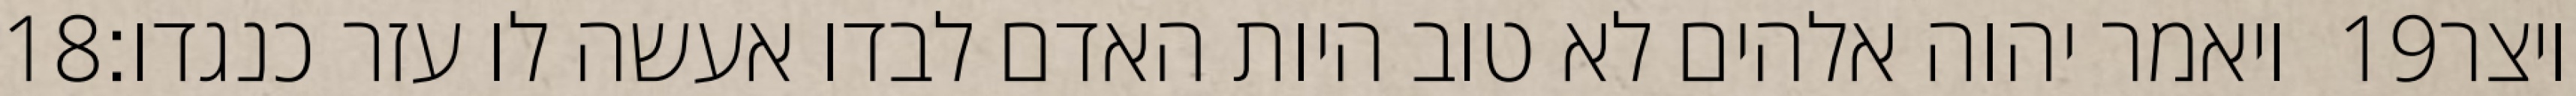
‎18‏ ויאמר יהוה אלהים לא טוב היות האדם לבדו אעשה לו עזר כנגדו׃ ‎19‏ ויצר